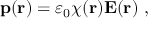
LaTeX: \mathbf { p } ( \mathbf { r } ) = \varepsilon _ { 0 } \chi ( \mathbf { r } ) \mathbf { E } ( \mathbf { r } ) \ ,